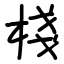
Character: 棧